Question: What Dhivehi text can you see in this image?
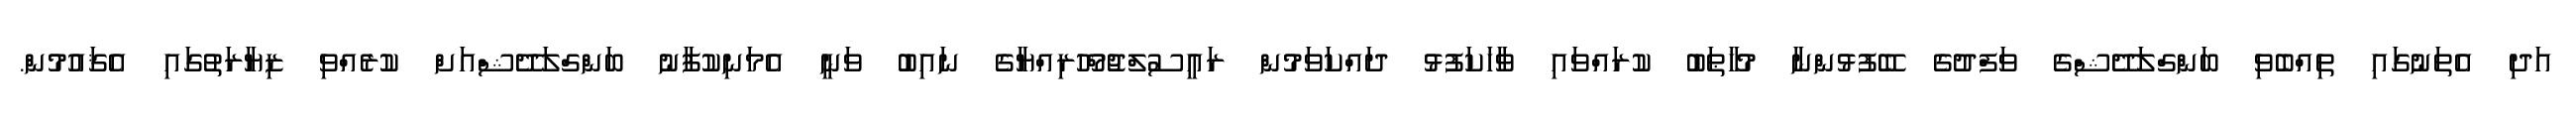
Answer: އަދި އެތަނުގައި ތިއްބެވި ބަންގްލަދޭޝްގެ ވަފްދުގެ ބޭފުޅުންނާ މުޚާޠަބު ކުރައްވައި ވާހަކަފުޅު ދައްކަވަމުން ރައީސުލްޖުމްހޫރިއްޔާގެ ނައިބު ވަނީ އެމަނިކުފާނު ބަންގްލަދޭޝްއަށް ކުރެއްވި ޒިޔާރަތުގައި އެޤައުމުން.